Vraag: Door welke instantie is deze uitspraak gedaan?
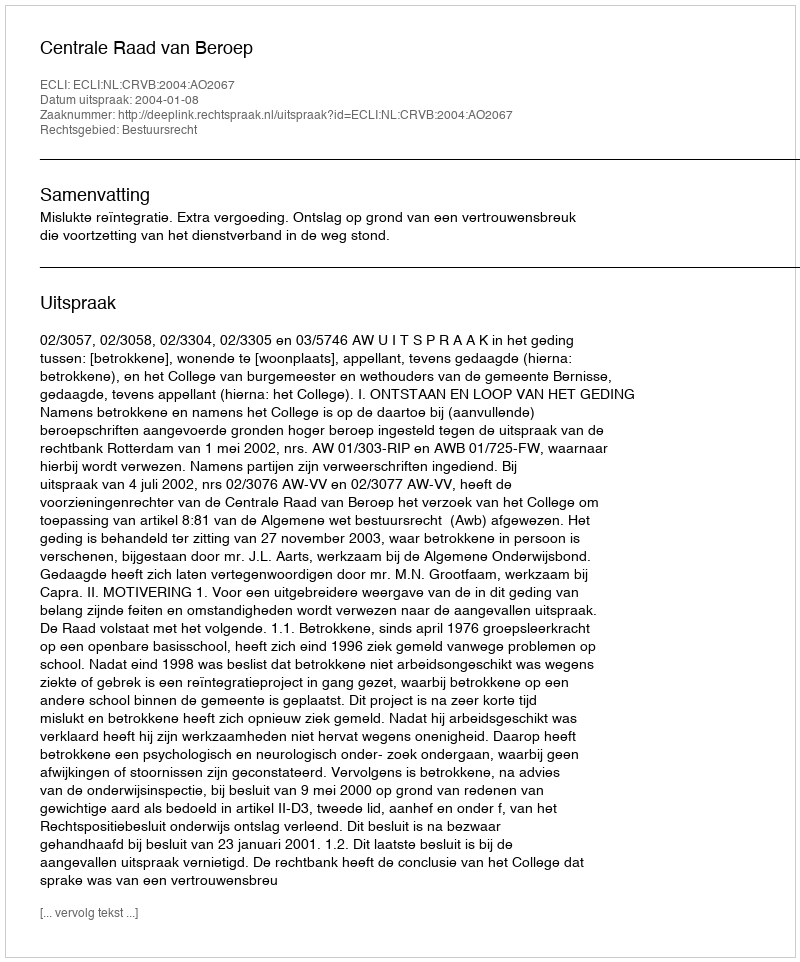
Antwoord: Centrale Raad van Beroep